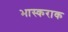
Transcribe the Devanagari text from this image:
भास्कराक